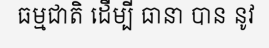
ធម្មជាតិ ដើម្បី ធានា បាន នូវ